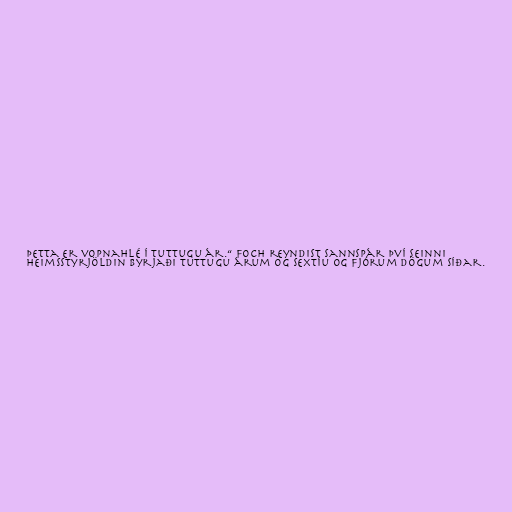
Þetta er vopnahlé í tuttugu ár.“ Foch reyndist sannspár því seinni
heimsstyrjöldin byrjaði tuttugu árum og sextíu og fjórum dögum síðar.